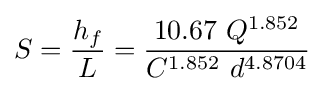
S={\frac {h_{f}}{L}}={\frac {10.67\ Q^{1.852}}{C^{1.852}\ d^{4.8704}}}